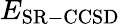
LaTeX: E_{\mathrm{SR-CCSD}}